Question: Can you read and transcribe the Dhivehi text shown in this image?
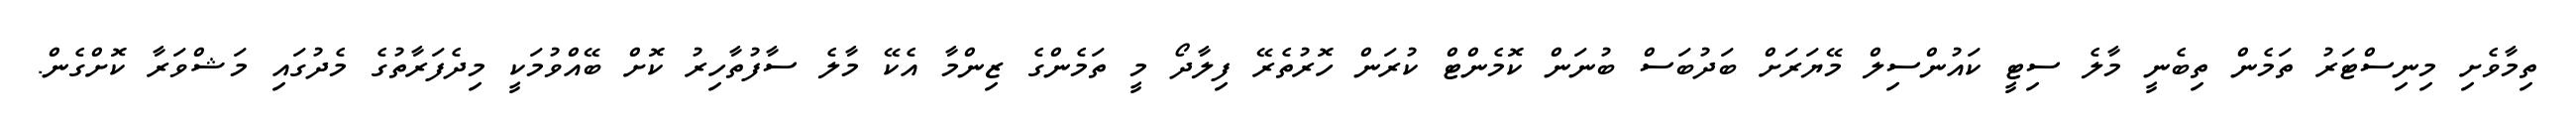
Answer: ތިމާވެށި މިނިސްޓަރު ތަމެން ތިބެނީ މާލެ ސިޓީ ކައުންސިލް މޭޔަރަށް ބަދުބަސް ބުނަން ކޮމެންޓް ކުރަން ހޮރުތެރޭ ފިލާދޯ މީ ތަމެންގެ ޒިންމާ އެކޭ މާލެ ސާފުތާހިރު ކޮށް ބޭއްވުމަކީ މިދެފަރާތުގެ މެދުގައި މަޝްވަރާ ކޮށްގެން.